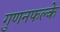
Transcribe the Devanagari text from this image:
गुणनफल्के